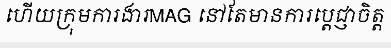
ហើយក្រុមការងារMAG នៅតែមានការប្តេជ្ញាចិត្ត